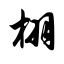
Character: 栩